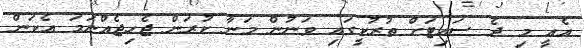
އެއީ މި ދެ ސައިޓަށް ތުރުކީގައި ވަނުން މަނާ ކުރަން ޖެހިޖެއްނަމަ އެކަން